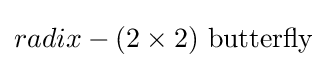
radix-(2\times 2){\text{ butterfly}}